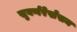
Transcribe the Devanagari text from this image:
सुवर्णरेखेसम